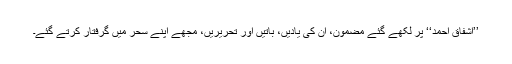
’’اشفاق احمد‘‘ پر لکھے گئے مضمون، ان کی یادیں، باتیں اور تحریریں، مجھے اپنے سحر میں گرفتار کرتے گئے۔